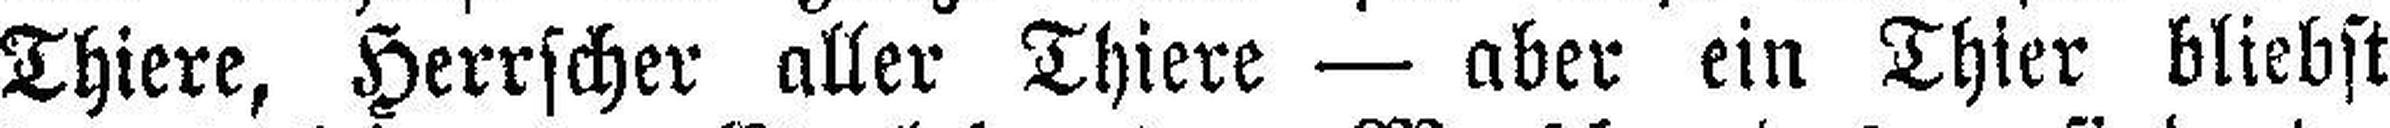
Thiere, Herrscher aller Thiere — aber ein Thier bliebst